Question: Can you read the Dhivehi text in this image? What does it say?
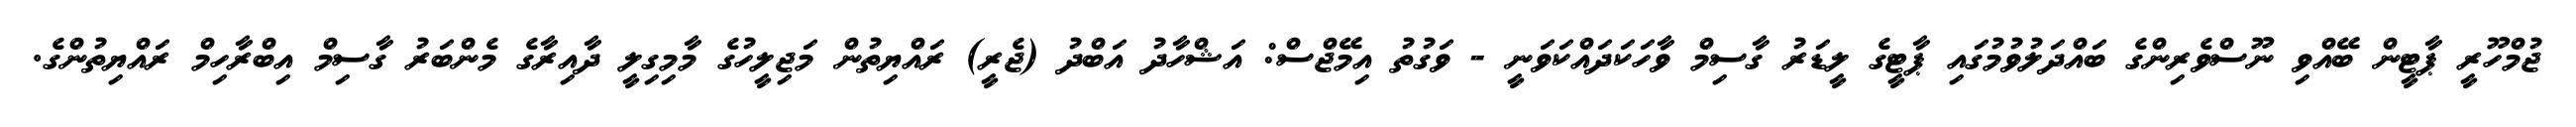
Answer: ޖުމްހޫރީ ޕާޓީން ބޭއްވި ނޫސްވެރިންގެ ބައްދަލުވުމުގައި ޕާޓީގެ ލީޑަރު ގާސިމް ވާހަކަދައްކަވަނީ - ވަގުތު އިމޭޖްސް: އަޝްހާދު އަބްދު (ޖެރީ) ރައްޔިތުން މަޖިލީހުގެ މާމިގިލީ ދާއިރާގެ މެންބަރު ގާސިމް އިބްރާހިމް ރައްޔިތުންގެ.